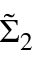
\tilde { \Sigma } _ { 2 }